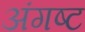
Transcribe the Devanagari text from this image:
अंगष्ट